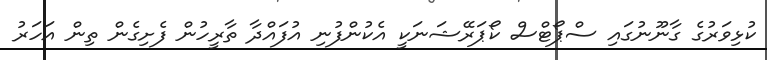
ކުޅިވަރުގެ ގާނޫނުގައި ސްޕޯޓްސް ކޯޕަރޭޝަނަކީ އެކުންފުނި އުފައްދާ ތާރީހުން ފެށިގެން ތިން އަހަރު